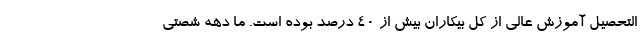
التحصیل آموزش عالی از کل بیکاران بیش از ۴۰ درصد بوده است. ما دهه شصتی